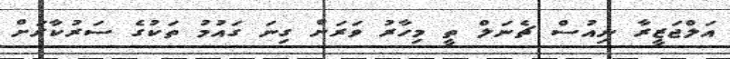
އަލްޖަޒީރާ ނިއުސް ޗެނަލް ތީ މިހާރު ވަރަށް ގިނަ ގައުމު ތަކުގެ ސަރުކާރަށް